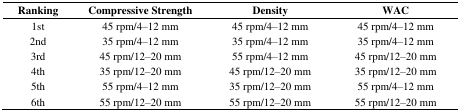
<table><thead><tr><td><b>Ranking</b></td><td><b>Compressive Strength</b></td><td><b>Density</b></td><td><b>WAC</b></td></tr></thead><tbody><tr><td>1st</td><td>45 rpm/4–12 mm</td><td>45 rpm/4–12 mm</td><td>45 rpm/4–12 mm</td></tr><tr><td>2nd</td><td>35 rpm/4–12 mm</td><td>35 rpm/4–12 mm</td><td>35 rpm/4–12 mm</td></tr><tr><td>3rd</td><td>45 rpm/12–20 mm</td><td>55 rpm/4–12 mm</td><td>45 rpm/12–20 mm</td></tr><tr><td>4th</td><td>35 rpm/12–20 mm</td><td>45 rpm/12–20 mm</td><td>35 rpm/12–20 mm</td></tr><tr><td>5th</td><td>55 rpm/4–12 mm</td><td>35 rpm/12–20 mm</td><td>55 rpm/4–12 mm</td></tr><tr><td>6th</td><td>55 rpm/12–20 mm</td><td>55 rpm/12–20 mm</td><td>55 rpm/12–20 mm</td></tr></tbody></table>